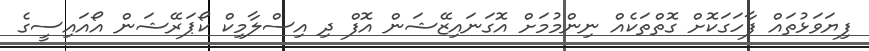
ފިޔަވަޅުތައް ފާހަގަކޮށް ގޮތްތަކެއް ނިންމުމަށް އޮގަނައިޒޭޝަން އޮފް ދި އިސްލާމިކް ކޯޕަރޭޝަން އޯއައިސީގެ